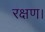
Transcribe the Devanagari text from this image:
रक्षण।